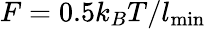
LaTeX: F=0.5k_{B}T/l_{\mathrm{min}}